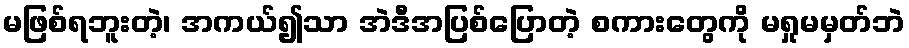
မဖြစ်ရဘူးတဲ့၊ အကယ်၍သာ အဲဒီအပြစ်ပြောတဲ့ စကားတွေကို မရှုမမှတ်ဘဲ